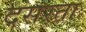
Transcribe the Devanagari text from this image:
दसरता